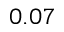
0 . 0 7